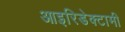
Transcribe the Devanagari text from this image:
आइरिडेक्टामी